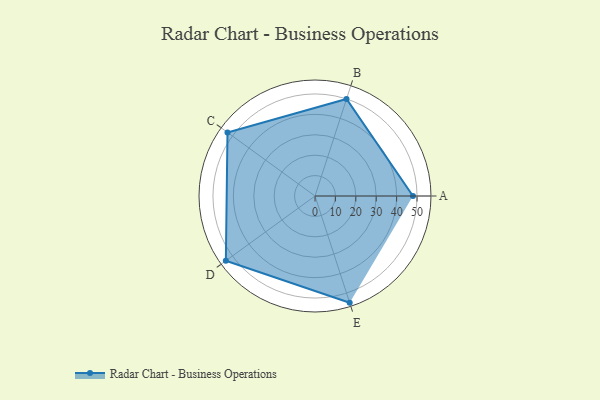
{"axis": {"x": "Skill", "y": "Score"}, "legend": ["Profile"], "data": [{"x": "A", "y": 48.0, "type": "Profile"}, {"x": "B", "y": 50.0, "type": "Profile"}, {"x": "C", "y": 53.0, "type": "Profile"}, {"x": "D", "y": 54.0, "type": "Profile"}, {"x": "E", "y": 55.0, "type": "Profile"}]}